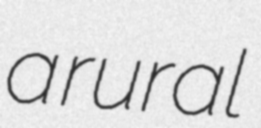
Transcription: a rural